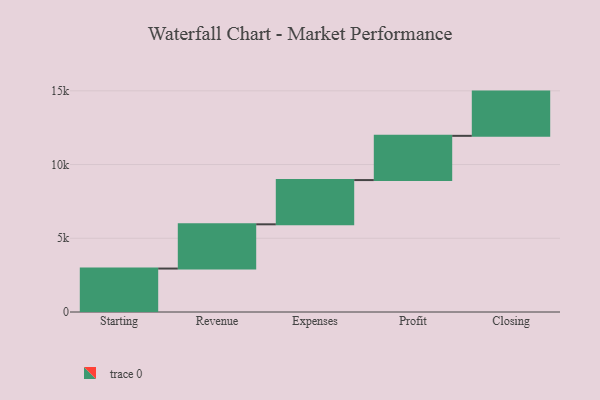
{"axis": {"x": "Step", "y": "Value"}, "legend": [""], "data": [{"x": "Starting", "y": 2947.0, "type": ""}, {"x": "Revenue", "y": 3000, "type": ""}, {"x": "Expenses", "y": 3000, "type": ""}, {"x": "Profit", "y": 3000, "type": ""}, {"x": "Closing", "y": 3000, "type": ""}]}